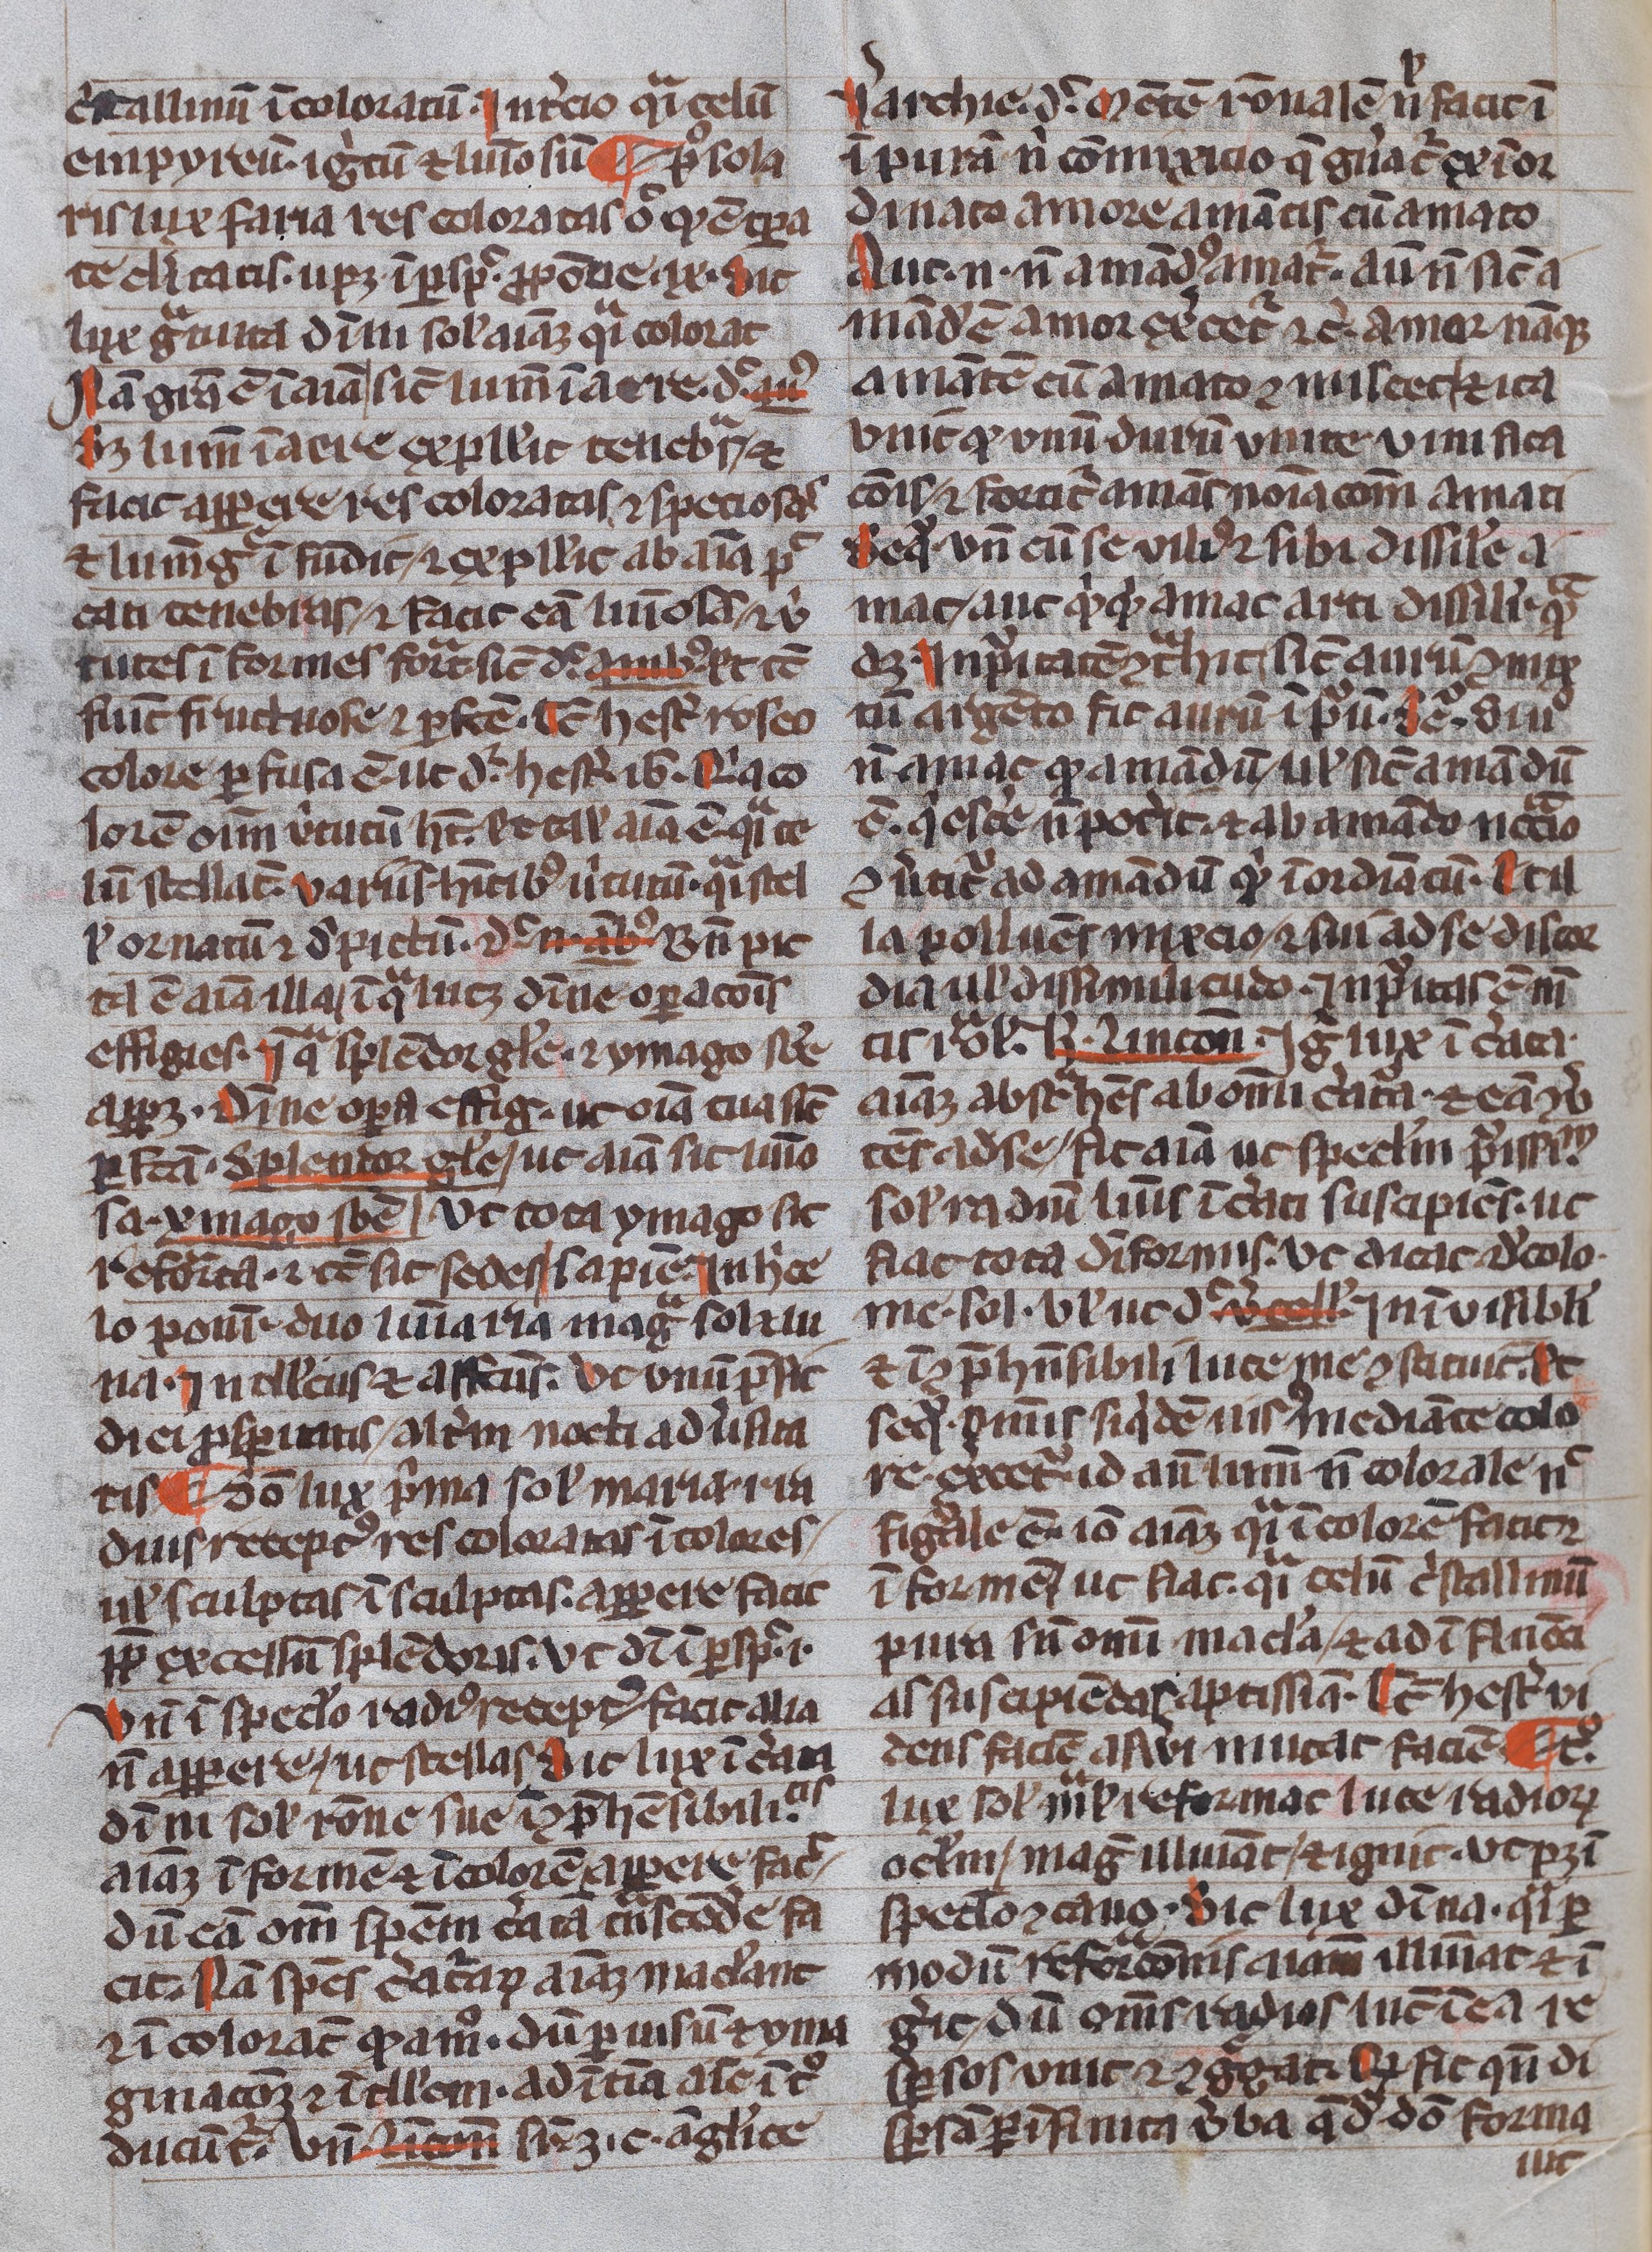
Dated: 1300–1399